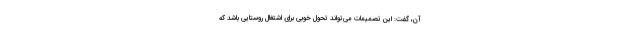
آن، گفت: این تصمیمات می‌تواند تحول خوبی برای اشتغال روستایی باشد که